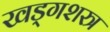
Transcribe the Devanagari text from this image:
खड्गशस्त्र